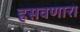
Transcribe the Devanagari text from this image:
हसवणारा